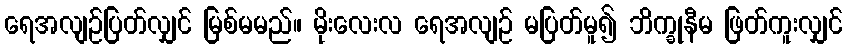
ရေအလျဉ်ပြတ်လျှင် မြစ်မမည်။ မိုးလေးလ ရေအလျဉ် မပြတ်မူ၍ ဘိက္ခုနီမ ဖြတ်ကူးလျှင်